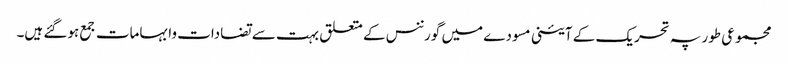
مجموعی طور پہ تحریک کے آئینی مسودے میں گورننس کے متعلق بہت سے تضادات وابہامات جمع ہوگئے ہیں۔